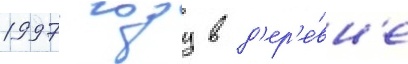
1997 году в д'ер'е́вн'е